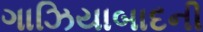
ગાઝિયાબાદની